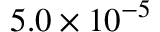
5 . 0 \times 1 0 ^ { - 5 }